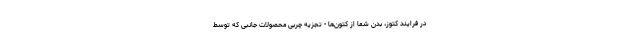
در فرایند کتوز، بدن شما از کتون‌ها - تجزیه چربی محصولات جانبی که توسط